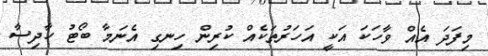
މިފަދަ އެއް ވާހަކަ އަކީ އަހަރުތަކެއް ކުރިން ހިނގި އެނަމާ ބޯޓު ހާދިސާ